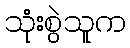
သုံးစွဲသူက